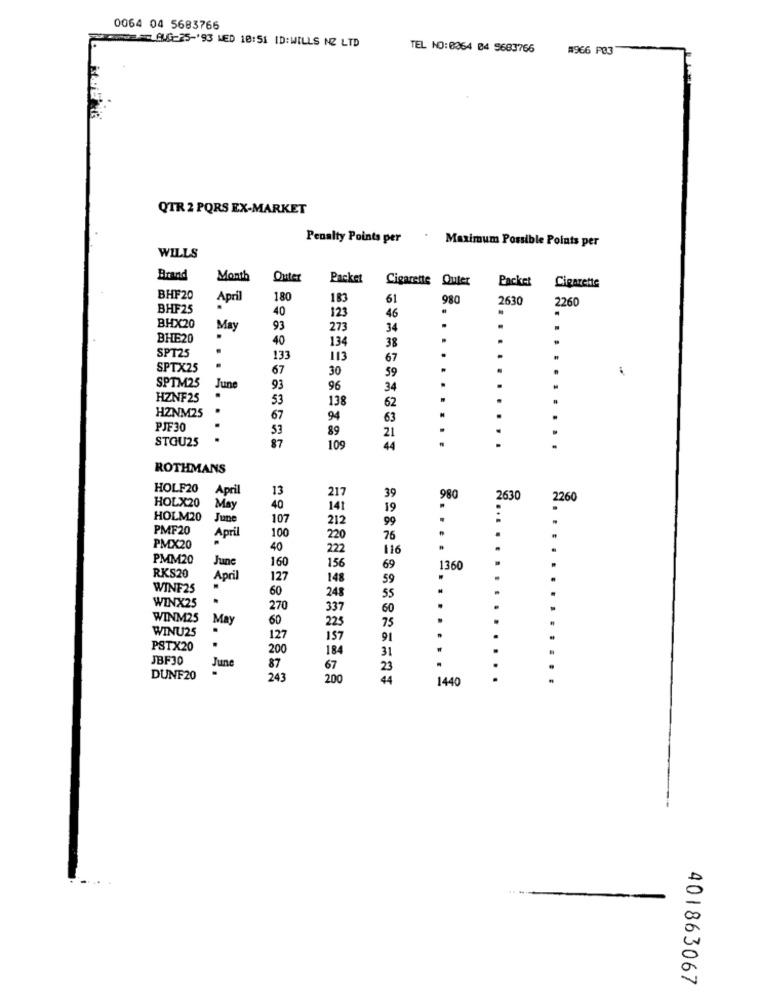
0064 04 5683766
.05 AUG-25-'93 MED 10:51 ID:WILLS NE LTD
TEL NO:8364 04 5683766
#966 PB3
QTR 2 PORS EX-MARKET
Penalty Points per
Maximum Possible Points per
WILLS
Brand
Month
Outer
Packet
Cigarette Outer
Packet
Cigarette
BHF20
April
180
183
51
980
2630
2260
BHF25
40
123
46
BHX20
May
93
273
34
.
BHE20
40
134
38
SPT25
133
113
67
SPTX25
.
67
30
59
SPTM25
June
93
96
34
HZNF25
.
53
138
HZNM25
62
.
67
94
63
PJF30
53
89
21
STOU25
.
87
109
44
ROTHMANS
HOLF20
April
13
217
HOLX20
39
980
2630
2260
May
40
141
19
HOLM20
June
107
212
99
PMF20
100
.
April
220
76
.
PMX20
40
222
116
PMM20
June
160
69
156
1360
RKS20
April
127
148
59
WINF25
60
55
.......
WINX25
.
248
270
337
60
WINM25
May
60
WINU25
225
75
127
157
91
PSTX20
.
200
184
31
JBF30
87
June
67
23
.
DUNF20
243
200
44
1440
401863067